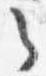
之